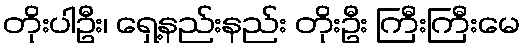
တိုးပါဦး၊ ရှေ့နည်းနည်း တိုးဦး ကြီးကြီးမေ